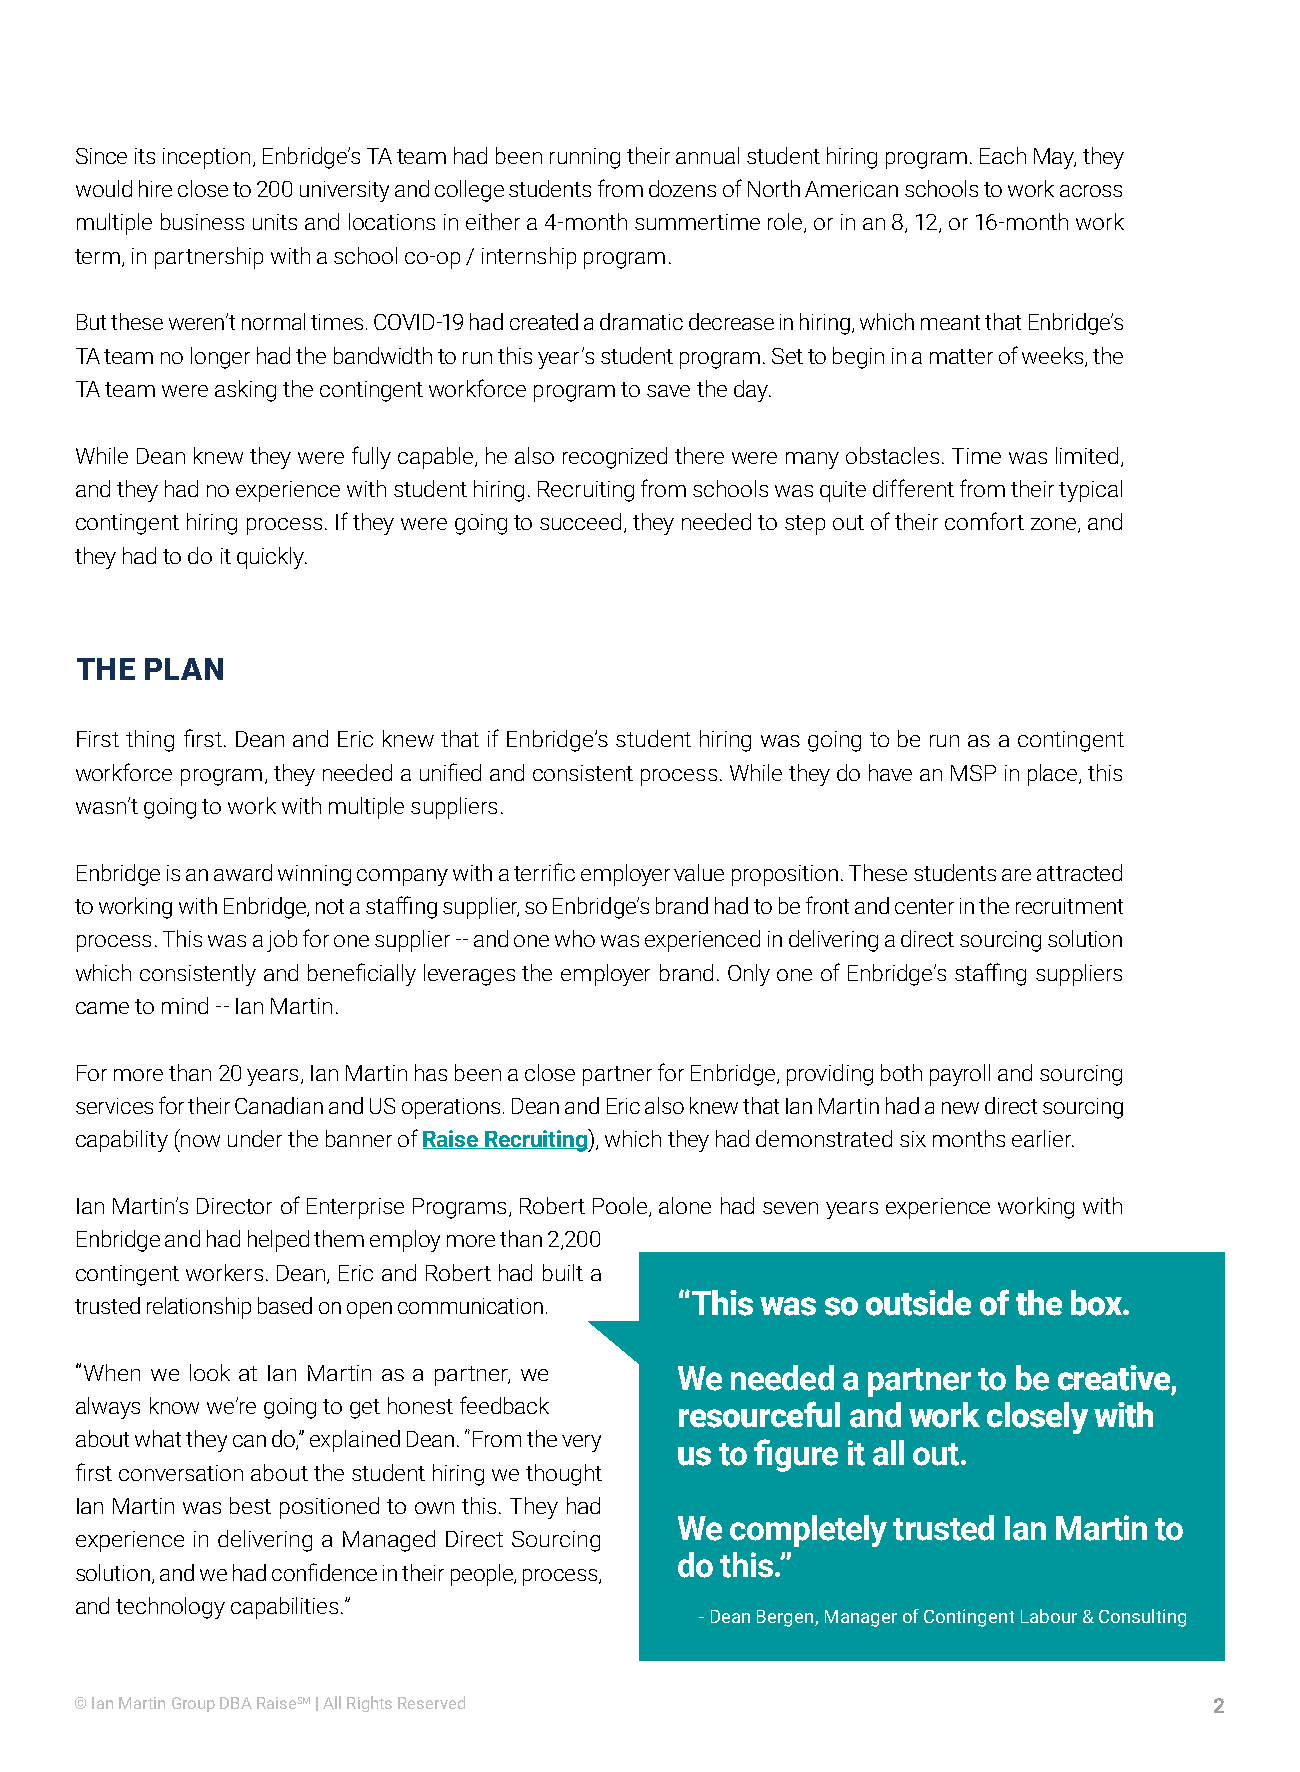
Since its inception, Enbridge’s TA team had been running their annual student hiring program. Each May, they
 would hire close to 200 university and college students from dozens of North American schools to work across
 multiple business units and locations in either a 4-month summertime role, or in an 8, 12, or 16-month work
 term, in partnership with a school co-op / internship program.
 But these weren’t normal times. COVID-19 had created a dramatic decrease in hiring, which meant that Enbridge’s
 TA team no longer had the bandwidth to run this year’s student program. Set to begin in a matter of weeks, the
 TA team were asking the contingent workforce program to save the day.
 While Dean knew they were fully capable, he also recognized there were many obstacles. Time was limited,
 and they had no experience with student hiring. Recruiting from schools was quite different from their typical
 contingent hiring process. If they were going to succeed, they needed to step out of their comfort zone, and
 they had to do it quickly.
 THE PLAN
 First thing first. Dean and Eric knew that if Enbridge’s student hiring was going to be run as a contingent
 workforce program, they needed a unified and consistent process. While they do have an MSP in place, this
 wasn’t going to work with multiple suppliers.
 Enbridge is an award winning company with a terrific employer value proposition. These students are attracted
 to working with Enbridge, not a staffing supplier, so Enbridge’s brand had to be front and center in the recruitment
 process. This was a job for one supplier -- and one who was experienced in delivering a direct sourcing solution
 which consistently and beneficially leverages the employer brand. Only one of Enbridge’s staffing suppliers
 came to mind -- Ian Martin.
 For more than 20 years, Ian Martin has been a close partner for Enbridge, providing both payroll and sourcing
 services for their Canadian and US operations. Dean and Eric also knew that Ian Martin had a new direct sourcing
 capability (now under the banner of Raise Recruiting), which they had demonstrated six months earlier.
 Ian Martin’s Director of Enterprise Programs, Robert Poole, alone had seven years experience working with
 Enbridge and had helped them employ more than 2,200
 contingent workers. Dean, Eric and Robert had built a
 “This was so outside of the box.
 trusted relationship based on open communication.
 “When we look at Ian Martin as a partner, we We needed a partner to be creative,
 always know we’re going to get honest feedback resourceful and work closely with
 about what they can do,” explained Dean. “From the very
 us to figure it all out.
 first conversation about the student hiring we thought
 Ian Martin was best positioned to own this. They had
 We completely trusted Ian Martin to
 experience in delivering a Managed Direct Sourcing
 do this.”
 solution, and we had confidence in their people, process,
 and technology capabilities.”
 - Dean Bergen, Manager of Contingent Labour & Consulting
 © Ian Martin Group DBA RaiseSM | All Rights Reserved                       2